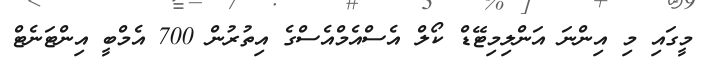
މީގައި މި އިންނަ އަންލިމިޓޭޑް ކޯލް އެސްއެމްއެސްގެ އިތުރުން 700 އެމްބީ އިންޓަނެޓް